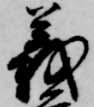
義